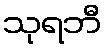
သုရဘီ